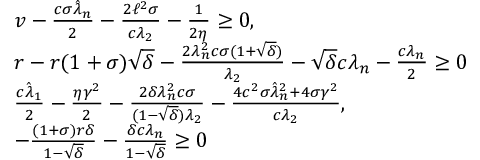
\begin{array} { r l } & { v - \frac { c \sigma \hat { \lambda } _ { n } } { 2 } - \frac { 2 \ell ^ { 2 } \sigma } { c \lambda _ { 2 } } - \frac { 1 } { 2 \eta } \geq 0 , } \\ & { r - r ( 1 + \sigma ) \sqrt { \delta } - \frac { 2 \lambda _ { n } ^ { 2 } c \sigma ( 1 + \sqrt { \delta } ) } { \lambda _ { 2 } } - \sqrt { \delta } c \lambda _ { n } - \frac { c \lambda _ { n } } { 2 } \geq 0 } \\ & { \frac { c \hat { \lambda } _ { 1 } } { 2 } - \frac { \eta \gamma ^ { 2 } } { 2 } - \frac { 2 \delta \lambda _ { n } ^ { 2 } c \sigma } { ( 1 - \sqrt { \delta } ) \lambda _ { 2 } } - \frac { 4 c ^ { 2 } \sigma \hat { \lambda } _ { n } ^ { 2 } + 4 \sigma \gamma ^ { 2 } } { c \lambda _ { 2 } } , } \\ & { - \frac { ( 1 + \sigma ) r \delta } { 1 - \sqrt { \delta } } - \frac { \delta c \lambda _ { n } } { 1 - \sqrt { \delta } } \geq 0 } \end{array}